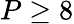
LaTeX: P\geq 8